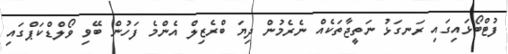
ފުޓްބޯޅައިގައި ރަނގަޅު ނަތީޖާތަކެއް ނެރެމުން ދިޔަ ބްރެޒިލް އެންމެ ފަހުން ބޭވި ވޯލްޑްކަޕްގައި